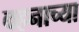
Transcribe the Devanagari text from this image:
वहनाच्या